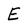
Character: E